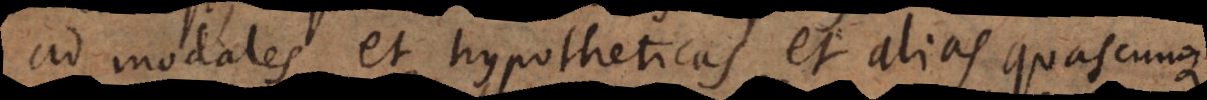
ad modales et hypotheticas et alias quascunque